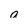
Character: a